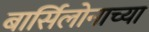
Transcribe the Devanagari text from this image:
बार्सिलोनाच्या